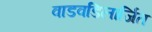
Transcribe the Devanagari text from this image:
वाडवडिलार्जित